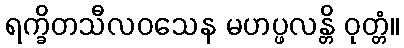
ရက္ခိတသီလဝသေန မဟပ္ဖလန္တိ ဝုတ္တံ။